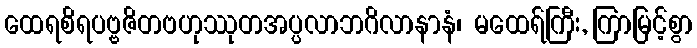
ထေရစိရပဗ္ဗဇိတဗဟုဿုတအပ္ပလာဘဂိလာနာနံ၊ မထေရ်ကြီး, ကြာမြင့်စွာ